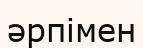
әрпімен